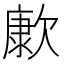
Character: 㱂